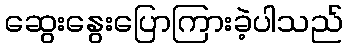
ဆွေးနွေးပြောကြားခဲ့ပါသည်